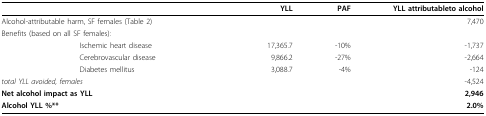
<table><thead><tr><td></td><td></td><td><b>YLL</b></td><td><b>PAF</b></td><td><b>YLL attributableto alcohol</b></td></tr></thead><tbody><tr><td colspan="2">Alcohol-attributable harm, SF females (Table 2)</td><td></td><td></td><td>7,470</td></tr><tr><td colspan="2">Benefits (based on all SF females):</td><td></td><td></td><td></td></tr><tr><td></td><td>Ischemic heart disease</td><td>17,365.7</td><td>-10%</td><td>-1,737</td></tr><tr><td></td><td>Cerebrovascular disease</td><td>9,866.2</td><td>-27%</td><td>-2,664</td></tr><tr><td></td><td>Diabetes mellitus</td><td>3,088.7</td><td>-4%</td><td>-124</td></tr><tr><td colspan="2"><i>total YLL avoided, females</i></td><td></td><td></td><td>-4,524</td></tr><tr><td colspan="2"><b>Net alcohol impact as YLL</b></td><td></td><td></td><td><b>2,946</b></td></tr><tr><td colspan="2"><b>Alcohol YLL %**</b></td><td></td><td></td><td><b>2.0%</b></td></tr></tbody></table>